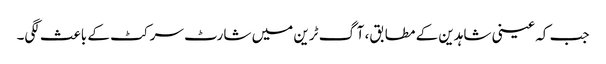
جب کہ عینی شاہدین کے مطابق، آگ ٹرین میں شارٹ سرکٹ کے باعث لگی۔